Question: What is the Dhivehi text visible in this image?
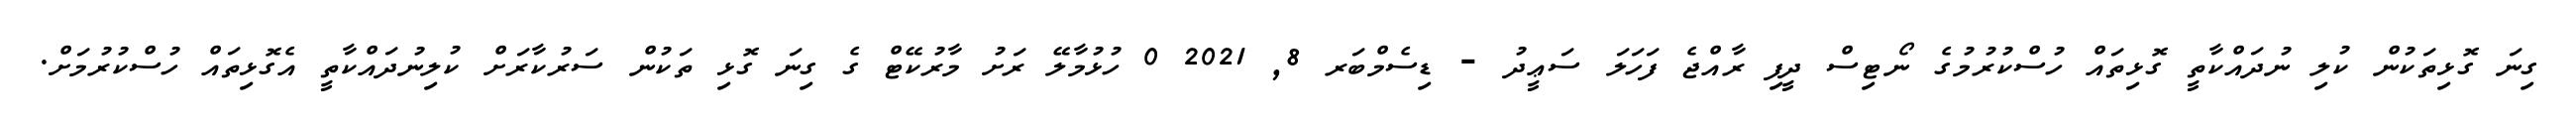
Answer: ގިނަ ގޮޅިތަކުން ކުލި ނުދައްކާތީ ގޮޅިތައް ހުސްކުރުމުގެ ނޯޓިސް ދީފި ރާއްޖެ ފަހަލަ ސަޢީދު - ޑިސެމްބަރ 8, 2021 0 ހުޅުމާލޭ ރަށު މާރުކޭޓް ގެ ގިނަ ގޮޅި ތަކުން ސަރުކާރަށް ކުލިނުދައްކާތީ އެގޮޅިތައް ހުސްކުރުމަށް.